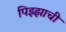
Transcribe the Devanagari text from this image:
पिझ्झाची